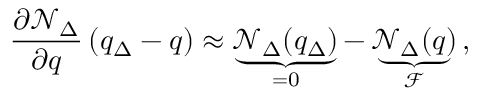
\frac { \partial \mathcal { N } _ { \Delta } } { \partial q } \left( q _ { \Delta } - q \right) \approx \underbrace { \mathcal { N } _ { \Delta } ( q _ { \Delta } ) } _ { = 0 } - \underbrace { \mathcal { N } _ { \Delta } ( q ) } _ { \mathcal { F } } \, ,